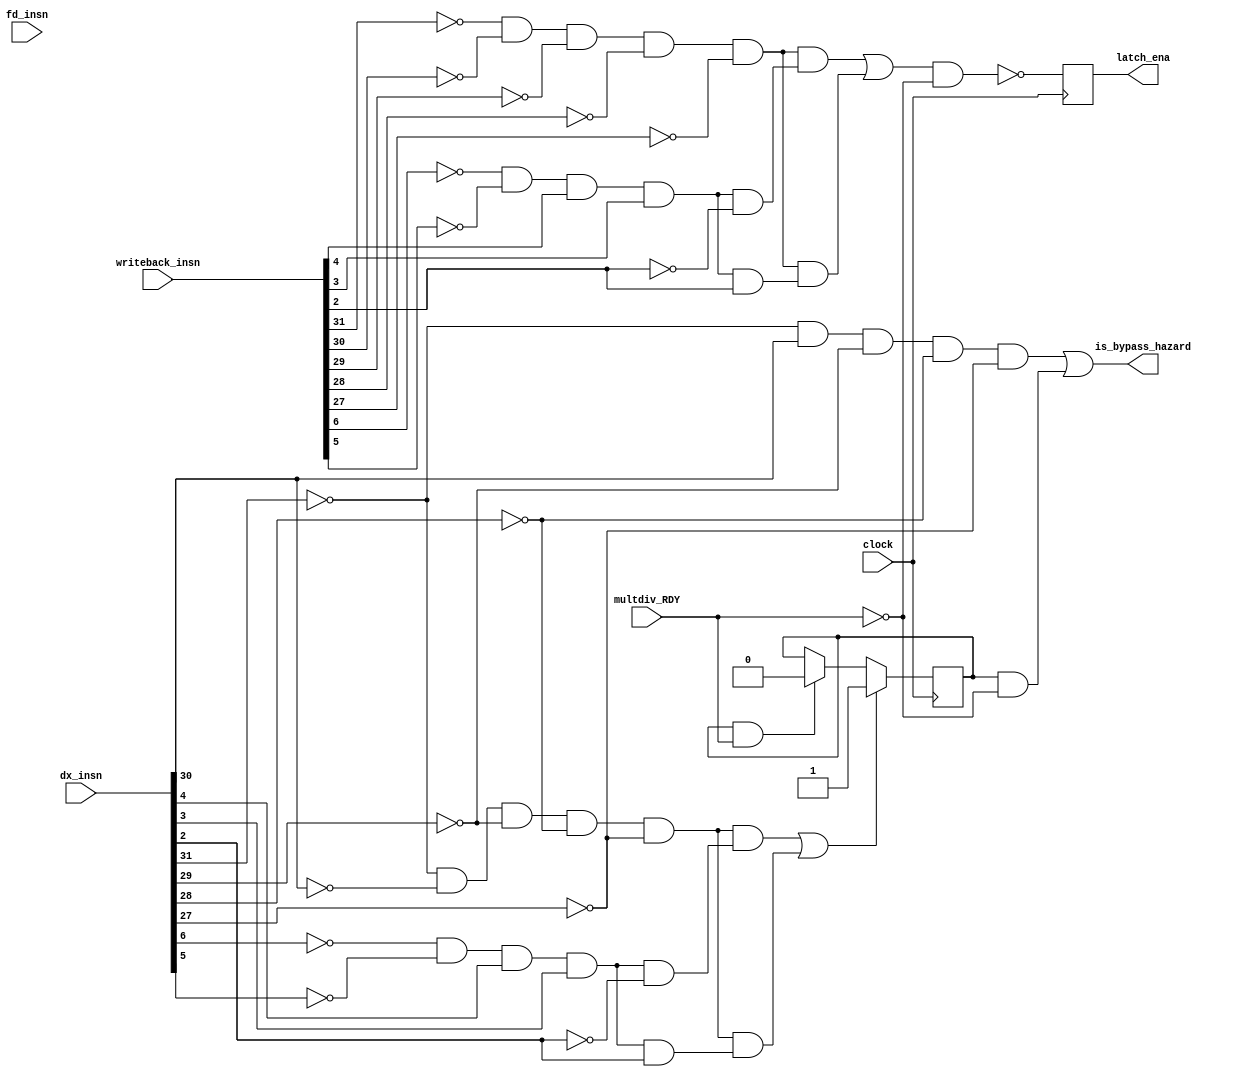
module bypass_stall(clock, fd_insn, dx_insn, writeback_insn, multdiv_RDY, is_bypass_hazard, latch_ena);

	input [31:0] fd_insn, dx_insn, writeback_insn;
	input clock, multdiv_RDY;
	output is_bypass_hazard, latch_ena;
	
	wire [4:0] fd_rs1, fd_rs2, dx_rd, dx_opcode, dx_ALU_op, fd_rs1_equals_dx_rd, fd_rs2_equals_dx_rd;
	wire dx_r_insn, dx_lw_insn, dx_mul_insn, dx_div_insn, lw_hazard, multdiv_hazard;
	
	assign fd_rs1 	 		= fd_insn[21:17];
	assign fd_rs2			= fd_insn[16:12];
	assign dx_rd 			= dx_insn[26:22];
	assign dx_opcode 		= dx_insn[31:27];
	assign dx_ALU_op 		= dx_insn[6:2];
	assign dx_r_insn 		= ~dx_opcode[4] && ~dx_opcode[3] && ~dx_opcode[2] && ~dx_opcode[1] && ~dx_opcode[0];
	assign dx_lw_insn		= ~dx_opcode[4] &&  dx_opcode[3] && ~dx_opcode[2] && ~dx_opcode[1] && ~dx_opcode[0];					//01000 lw only check fd_rs1					
	assign dx_mul_insn 	= dx_r_insn && (~dx_ALU_op[4] && ~dx_ALU_op[3] &&  dx_ALU_op[2] &&  dx_ALU_op[1] && ~dx_ALU_op[0]);	// 00000 & 00110
	assign dx_div_insn 	= dx_r_insn && (~dx_ALU_op[4] && ~dx_ALU_op[3] &&  dx_ALU_op[2] &&  dx_ALU_op[1] &&  dx_ALU_op[0]);	// 00000 & 00111
					
	assign lw_hazard 			= dx_lw_insn ; //&& (&fd_rs1_equals_dx_rd || &fd_rs2_equals_dx_rd);
	assign is_bypass_hazard = lw_hazard || multdiv_hazard ; 							// && !fd_sw_insn;
	
	
	/* MULTIPLIER */
	
	reg wait_multdiv_RDY;
	
	initial begin
		wait_multdiv_RDY <= 1'b0;
	end
	
	always @(negedge clock)
	begin
	if (dx_mul_insn || dx_div_insn) 
		wait_multdiv_RDY <= 1'b1;
	else if (wait_multdiv_RDY && multdiv_RDY)
		wait_multdiv_RDY <= 1'b0;
	end
	
	assign multdiv_hazard = wait_multdiv_RDY && ~multdiv_RDY;
	
//	dflipflop my_dff1(~mul);
//	dflipflop my_dff2();
	
	
	genvar i;
	generate
	for(i=0; i<5; i=i+1) begin: loop1
		
		xnor x1(fd_rs1_equals_dx_rd[i], fd_rs1[i], dx_rd[i]);
		xnor x2(fd_rs2_equals_dx_rd[i], fd_rs2[i], dx_rd[i]);
	
	end
	endgenerate
	
	/* Latch Enable bits */
	
    wire [4:0] w_opcode, w_ALU_op;
	wire w_r_insn, w_mul_insn, w_div_insn;
    
	assign w_opcode = writeback_insn[31:27];
    assign w_ALU_op = writeback_insn[6:2];
    assign w_r_insn 	= ~w_opcode[4] && ~w_opcode[3] && ~w_opcode[2] && ~w_opcode[1] && ~w_opcode[0];
    assign w_mul_insn 	=  w_r_insn && (~w_ALU_op[4] && ~w_ALU_op[3] &&  w_ALU_op[2] &&  w_ALU_op[1] && ~w_ALU_op[0]);	// 00000 & 00110
	assign w_div_insn 	=  w_r_insn && (~w_ALU_op[4] && ~w_ALU_op[3] &&  w_ALU_op[2] &&  w_ALU_op[1] &&  w_ALU_op[0]);	// 00000 & 00111
	
    reg latch_ena_reg; 
    always @(negedge clock)
	begin
        latch_ena_reg = ~((w_mul_insn || w_div_insn) && ~multdiv_RDY);
	end 
    
    assign latch_ena = latch_ena_reg;
	
endmodule